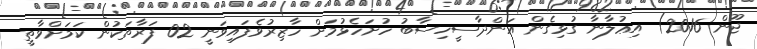
ޖޫން 2016) އިޢުލާނާ ގުޅިގެން އަންދާސީހިސާބު ހުށަހެޅުމަށް ހާޒިރުވެފައިވަނީ 02 ފަރާތަކުން ކަމަށްވާތީ